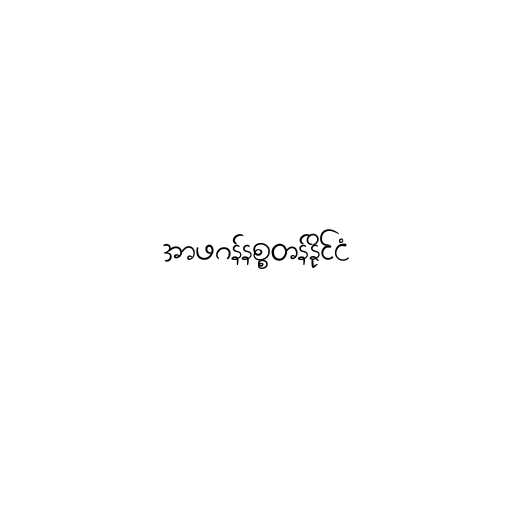
အာဖဂန်နစ္စတန်နိုင်ငံ